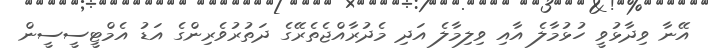
އޭނާ ވިދާޅުވީ ހުޅުމާލެ އާއި ވިލިމާލެ އަދި މެދުރާއްޖެތެރޭގެ ދަތުރުވެރިންގެ އަޑު އެމްޓީސީސީން